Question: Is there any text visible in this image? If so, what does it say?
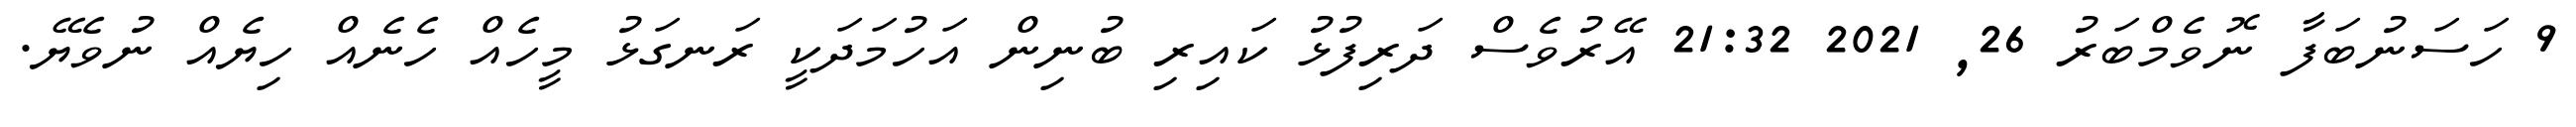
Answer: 9 ހަސަނުބަފާ ނޮވެމްބަރު 26, 2021 21:32 އޭރުވެސް ދަރިފުޅު ކައިރި ބުނިން އަހުމަދަކީ ރަނގަޅު މީހެއް ހެނެއް ހިޔެއް ނުވެޔޭ.